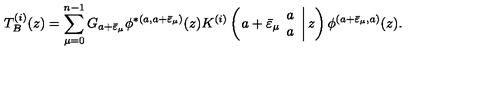
T _ { B } ^ { ( i ) } ( z ) = \displaystyle \sum _ { \mu = 0 } ^ { n - 1 } G _ { a + \bar { \varepsilon } _ { \mu } } \phi ^ { * ( a , a + \bar { \varepsilon } _ { \mu } ) } ( z ) K ^ { ( i ) } \left( \left. a + \bar { \varepsilon } _ { \mu } \begin{array} { c } { a } \\ { a } \\ \end{array} \right| z \right) \phi ^ { ( a + \bar { \varepsilon } _ { \mu } , a ) } ( z ) .